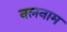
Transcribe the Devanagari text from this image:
नलनाम